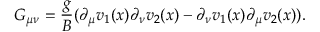
G _ { \mu \nu } = \frac { g } { B } ( \partial _ { \mu } v _ { 1 } ( x ) \partial _ { \nu } v _ { 2 } ( x ) - \partial _ { \nu } v _ { 1 } ( x ) \partial _ { \mu } v _ { 2 } ( x ) ) .